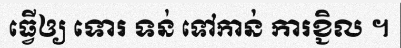
ធ្វើឲ្យ ទោរ ទន់ ទៅកាន់ ការខ្ជិល ។